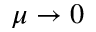
\mu \to 0